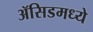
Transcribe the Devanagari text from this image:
ॲसिडमध्ये